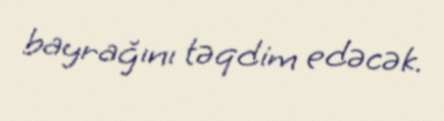
bayrağını təqdim edəcək.